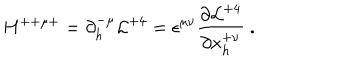
H ^ { + + \mu + } = \partial _ { h } ^ { - \mu } { \cal L } ^ { + 4 } = \epsilon ^ { \mu \nu } { \frac { \partial { { \cal L } ^ { + 4 } } } { \partial { x _ { h } ^ { + \nu } } } } \ .